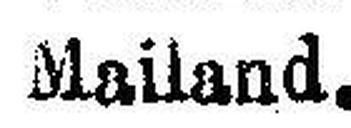
Mailand